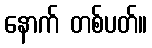
နောက် တစ်ပတ်။